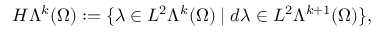
H \Lambda ^ { k } ( \Omega ) : = \{ \lambda \in L ^ { 2 } \Lambda ^ { k } ( \Omega ) \mid d \lambda \in L ^ { 2 } \Lambda ^ { k + 1 } ( \Omega ) \} ,